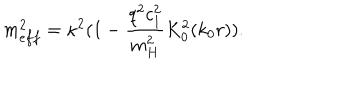
m _ { e f f } ^ { 2 } = \kappa ^ { 2 } ( 1 - \frac { q ^ { 2 } c _ { 1 } ^ { 2 } } { m _ { H } ^ { 2 } } K _ { 0 } ^ { 2 } ( k _ { 0 } r ) ) .